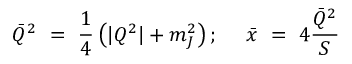
{ \bar { Q } } ^ { 2 } ~ = ~ { \frac { 1 } { 4 } } \left( | Q ^ { 2 } | + m _ { J } ^ { 2 } \right) ; ~ ~ ~ ~ { \bar { x } } ~ = ~ 4 { \frac { { \bar { Q } } ^ { 2 } } { S } }